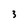
Character: 3